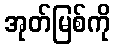
အုတ်မြစ်ကို